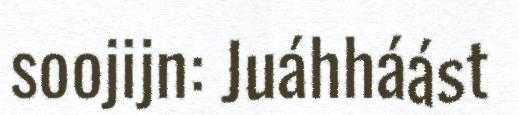
soojijn: Juáhháást